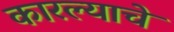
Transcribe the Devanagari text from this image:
कारल्याचे